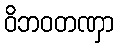
ဝိဘဝတဏှာ